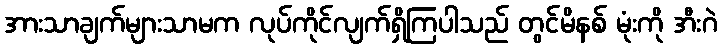
အားသာချက်များသာမက လုပ်ကိုင်လျက်ရှိကြပါသည် တွင်မိနစ် မုံးကို အီးဂဲ